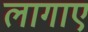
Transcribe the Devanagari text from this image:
लागाए